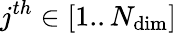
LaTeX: j^{th}\in[1..N_{\mathrm{dim}}]